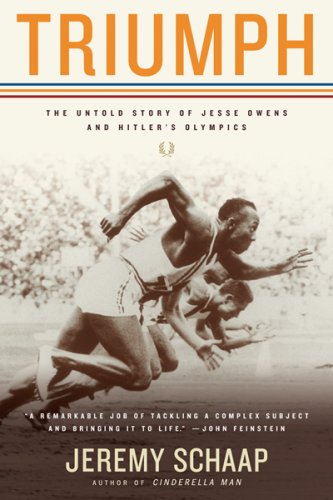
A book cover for Triumph: The Untold Story of Jesse Owens and Hitler's Olympics; Jeremy Schaap; Sports & Outdoors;